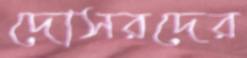
দোসরদের